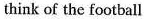
think of the football